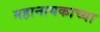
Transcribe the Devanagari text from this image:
महानायकाच्या